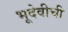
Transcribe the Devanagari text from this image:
भूदेवीची